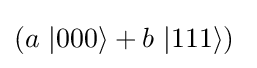
(a\ |000\rangle +b\ |111\rangle )\